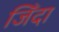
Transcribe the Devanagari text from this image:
जिँदा